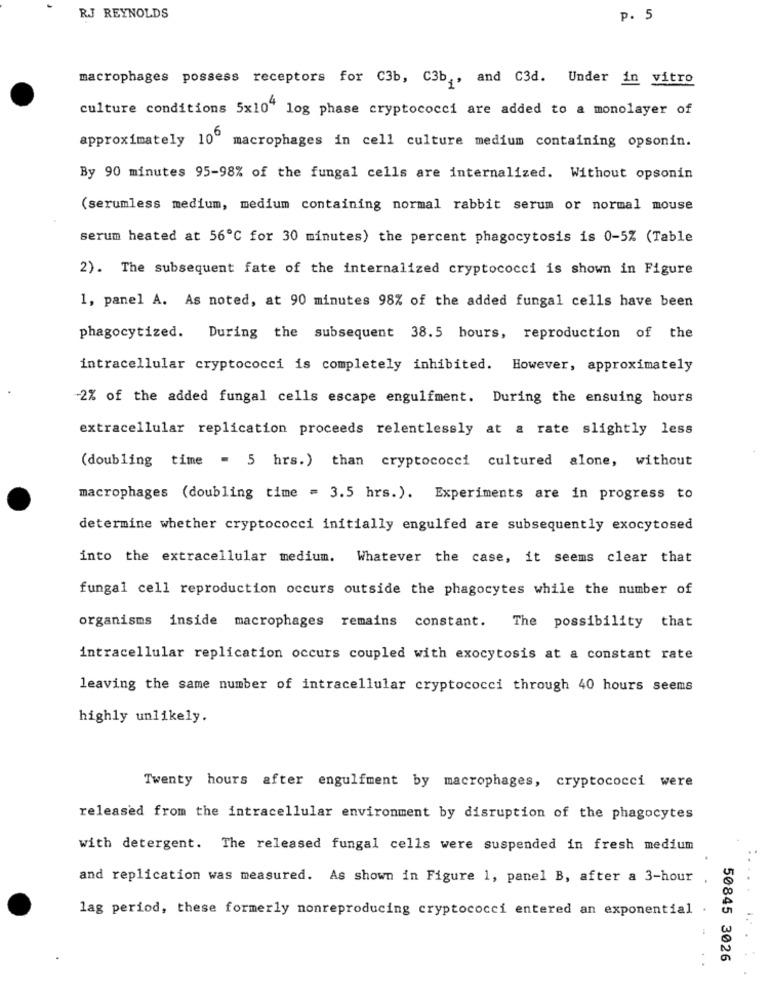
RJ REYNOLDS
p. 5
macrophages possess receptors for C3b, C3b ,, and C3d. Under in vitro
culture conditions 5x10" log phase cryptococci are added to a monolayer of
approximately 10º macrophages in cell culture medium containing opsonin.
By 90 minutes 95-98% of the fungal cells are internalized. Without opsonin
(serumless medium, medium containing normal rabbit serum or normal mouse
serum heated at 56℃ for 30 minutes) the percent phagocytosis is 0-5% (Table
2). The subsequent fate of the internalized cryptococci is shown in Figure
1, panel A. As noted, at 90 minutes 98% of the added fungal cells have been
phagocytized. During the subsequent 38.5 hours, reproduction of the
intracellular cryptococci is completely inhibited. However, approximately
-2% of the added fungal cells escape engulfment. During the ensuing hours
extracellular replication proceeds relentlessly at a rate slightly less
(doubling time = 5 hrs.) than cryptococci cultured alone, without
macrophages (doubling time = 3.5 hrs.). Experiments are in progress to
determine whether cryptococci initially engulfed are subsequently exocytosed
into the extracellular medium. Whatever the case, it seems clear that
fungal cell reproduction occurs outside the phagocytes while the number of
organisms inside macrophages remains constant.
The possibility that
intracellular replication occurs coupled with exocytosis at a constant rate
leaving the same number of intracellular cryptococci through 40 hours seems
highly unlikely.
Twenty hours after engulfment by macrophages, cryptococci were
released from the intracellular environment by disruption of the phagocytes
with detergent. The released fungal cells were suspended in fresh medium
and replication was measured. As shown in Figure 1, panel B, after a 3-hour
lag period, these formerly nonreproducing cryptococci entered an exponential
50845 3026